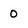
Character: 0